Lunatic asylums Punjab 1895-1910 - 1895-1910
Year: 1895
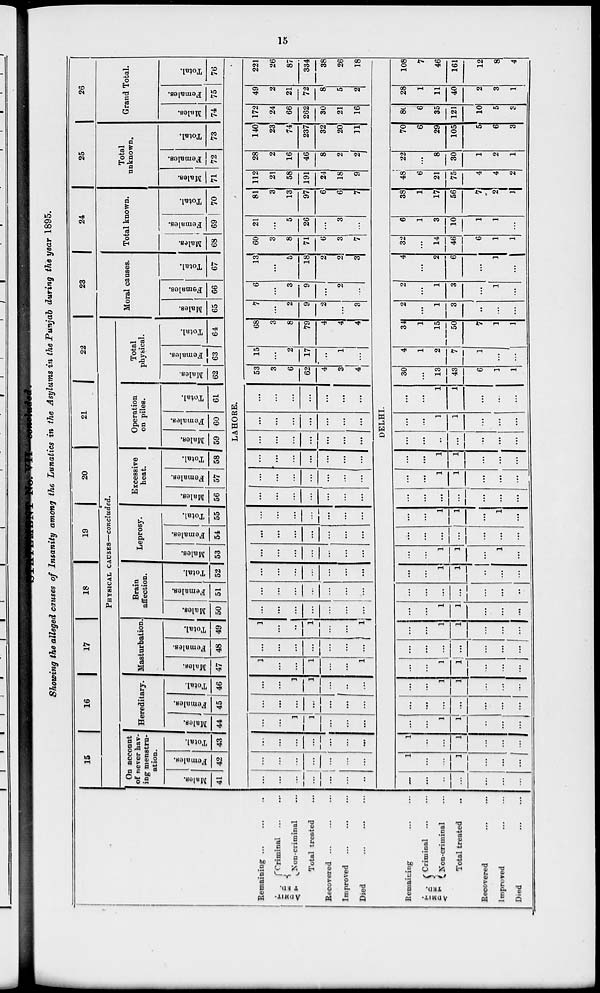
15
STATEMENT No. VI—concluded.
Showing the alleged causes of Insanity among the Lunatics in the Asylums in the Punjab during the year 1895.
Remaining ... ... ...
ADMIT-
TED.
Criminal ... ...
Non-criminal ...
Total treated ...
Recovered ...
Improved ...
Died
...
...
...
Remaining ... ...
ADMIT-
---.
Criminal ... ...
Non-criminal ...
Total treated ...
Recovered ... ...
Improved ... ...
Died
...
...
15
16
17
18
19
20
21
22
PHYSICAL CAUSES—concluded.
On account
of never hav-
ing menstru-
ation.
Males.
41
Females.
42
Total.
43
Hereditary.
Males.
44
Females.
45
Total.
46
Masturbation.
Males.
47
Females.
48
Total.
49
Brain
affection.
Males.
50
Females.
51
Total.
52
Leprosy.
Males.
53
Females.
54
Total.
55
Excessive
heat.
Males.
56
Females.
57
Total.
58
Operation
on piles.
Males.
59
Females.
60
Total.
61
Total
physical.
Males.
62
Females.
63
Total.
64
23
Moral causes.
Males.
65
Females.
66
Total.
67
24
Total known.
Males.
68
Females.
69
Total.
70
25
Total
unknown.
Males.
71
Females.
72
Total.
73
26
Grand Total.
Males.
74
Females.
75
Total.
76
LAHORE.
...
...
...
...
...
...
...
...
...
...
...
...
...
...
...
...
...
...
...
...
...
...
...
1
1
...
...
...
...
...
...
...
...
...
...
...
1
1
...
...
...
1
...
...
1
...
...
1
...
...
...
...
...
...
...
1
...
...
1
...
...
1
...
...
...
...
...
...
...
...
...
...
...
...
...
...
...
...
...
...
...
...
...
... ...
...
...
...
...
...
...
...
...
...
...
...
...
...
...
...
...
...
...
...
...
...
...
...
...
...
...
...
...
...
...
...
...
...
...
...
...
...
...
...
...
...
...
...
...
...
...
...
...
...
...
...
...
...
...
...
...
...
...
...
...
...
53
3
6
62
4
3
4
15
...
2
17
...
1
...
68
3
8
79
4
4
4
7 21
2
9
2
...
3
6
2
3
9
...
2
...
13
23
5
18
2
2
3
60
24
8
71
6
3
7
21
2
5
26
...
3
...
81
26
13
97
6
6
7
112
21
58
191
24
18
9
28
2
16
46
8
2
2
140
23
74
237
32
20
11
172
24
66
262
30
21
16
49
2
21
72
8
5
2
221
26
87
334
38
26
18
DELHI.
...
...
...
...
...
...
...
1
...
...
1
...
...
...
1
...
...
1
...
...
...
...
...
1
1
...
...
....
...
...
...
...
...
...
...
...
...
1
1
...
...
...
...
...
1
1
...
...
...
...
...
...
....
...
...
...
...
...
1
1
...
...
...
...
...
1
1
...
...
...
...
...
...
...
...
...
...
...
...
1
1
...
...
...
...
...
1
1
...
1
...
...
...
...
...
...
...
...
...
...
1
1
...
1
...
...
...
...
...
...
...
...
...
...
1
1
...
...
...
...
...
1
1
...
...
...
...
...
...
...
...
...
...
...
...
1
1
...
...
...
...
...
1
1
...
...
...
30
...
13
43
6
1
1
4
1
2
7
1
...
...
34
1
15
50
7
1
1
2
...
1
3
...
...
...
2
...
1
3
...
1
...
4
...
2
6
...
1
...
32
...
14
46
6
1
1
6
1
3
10
1
1
...
38
1
17
56
7
2
1
48
6
21
75
4
4
2
22
...
8
30
1
2
1
70
6
29
105
5
6
3
86
6
35
121
10
5
3
28
1
11
40
2
3
1
108
7
46
161
12
8
4